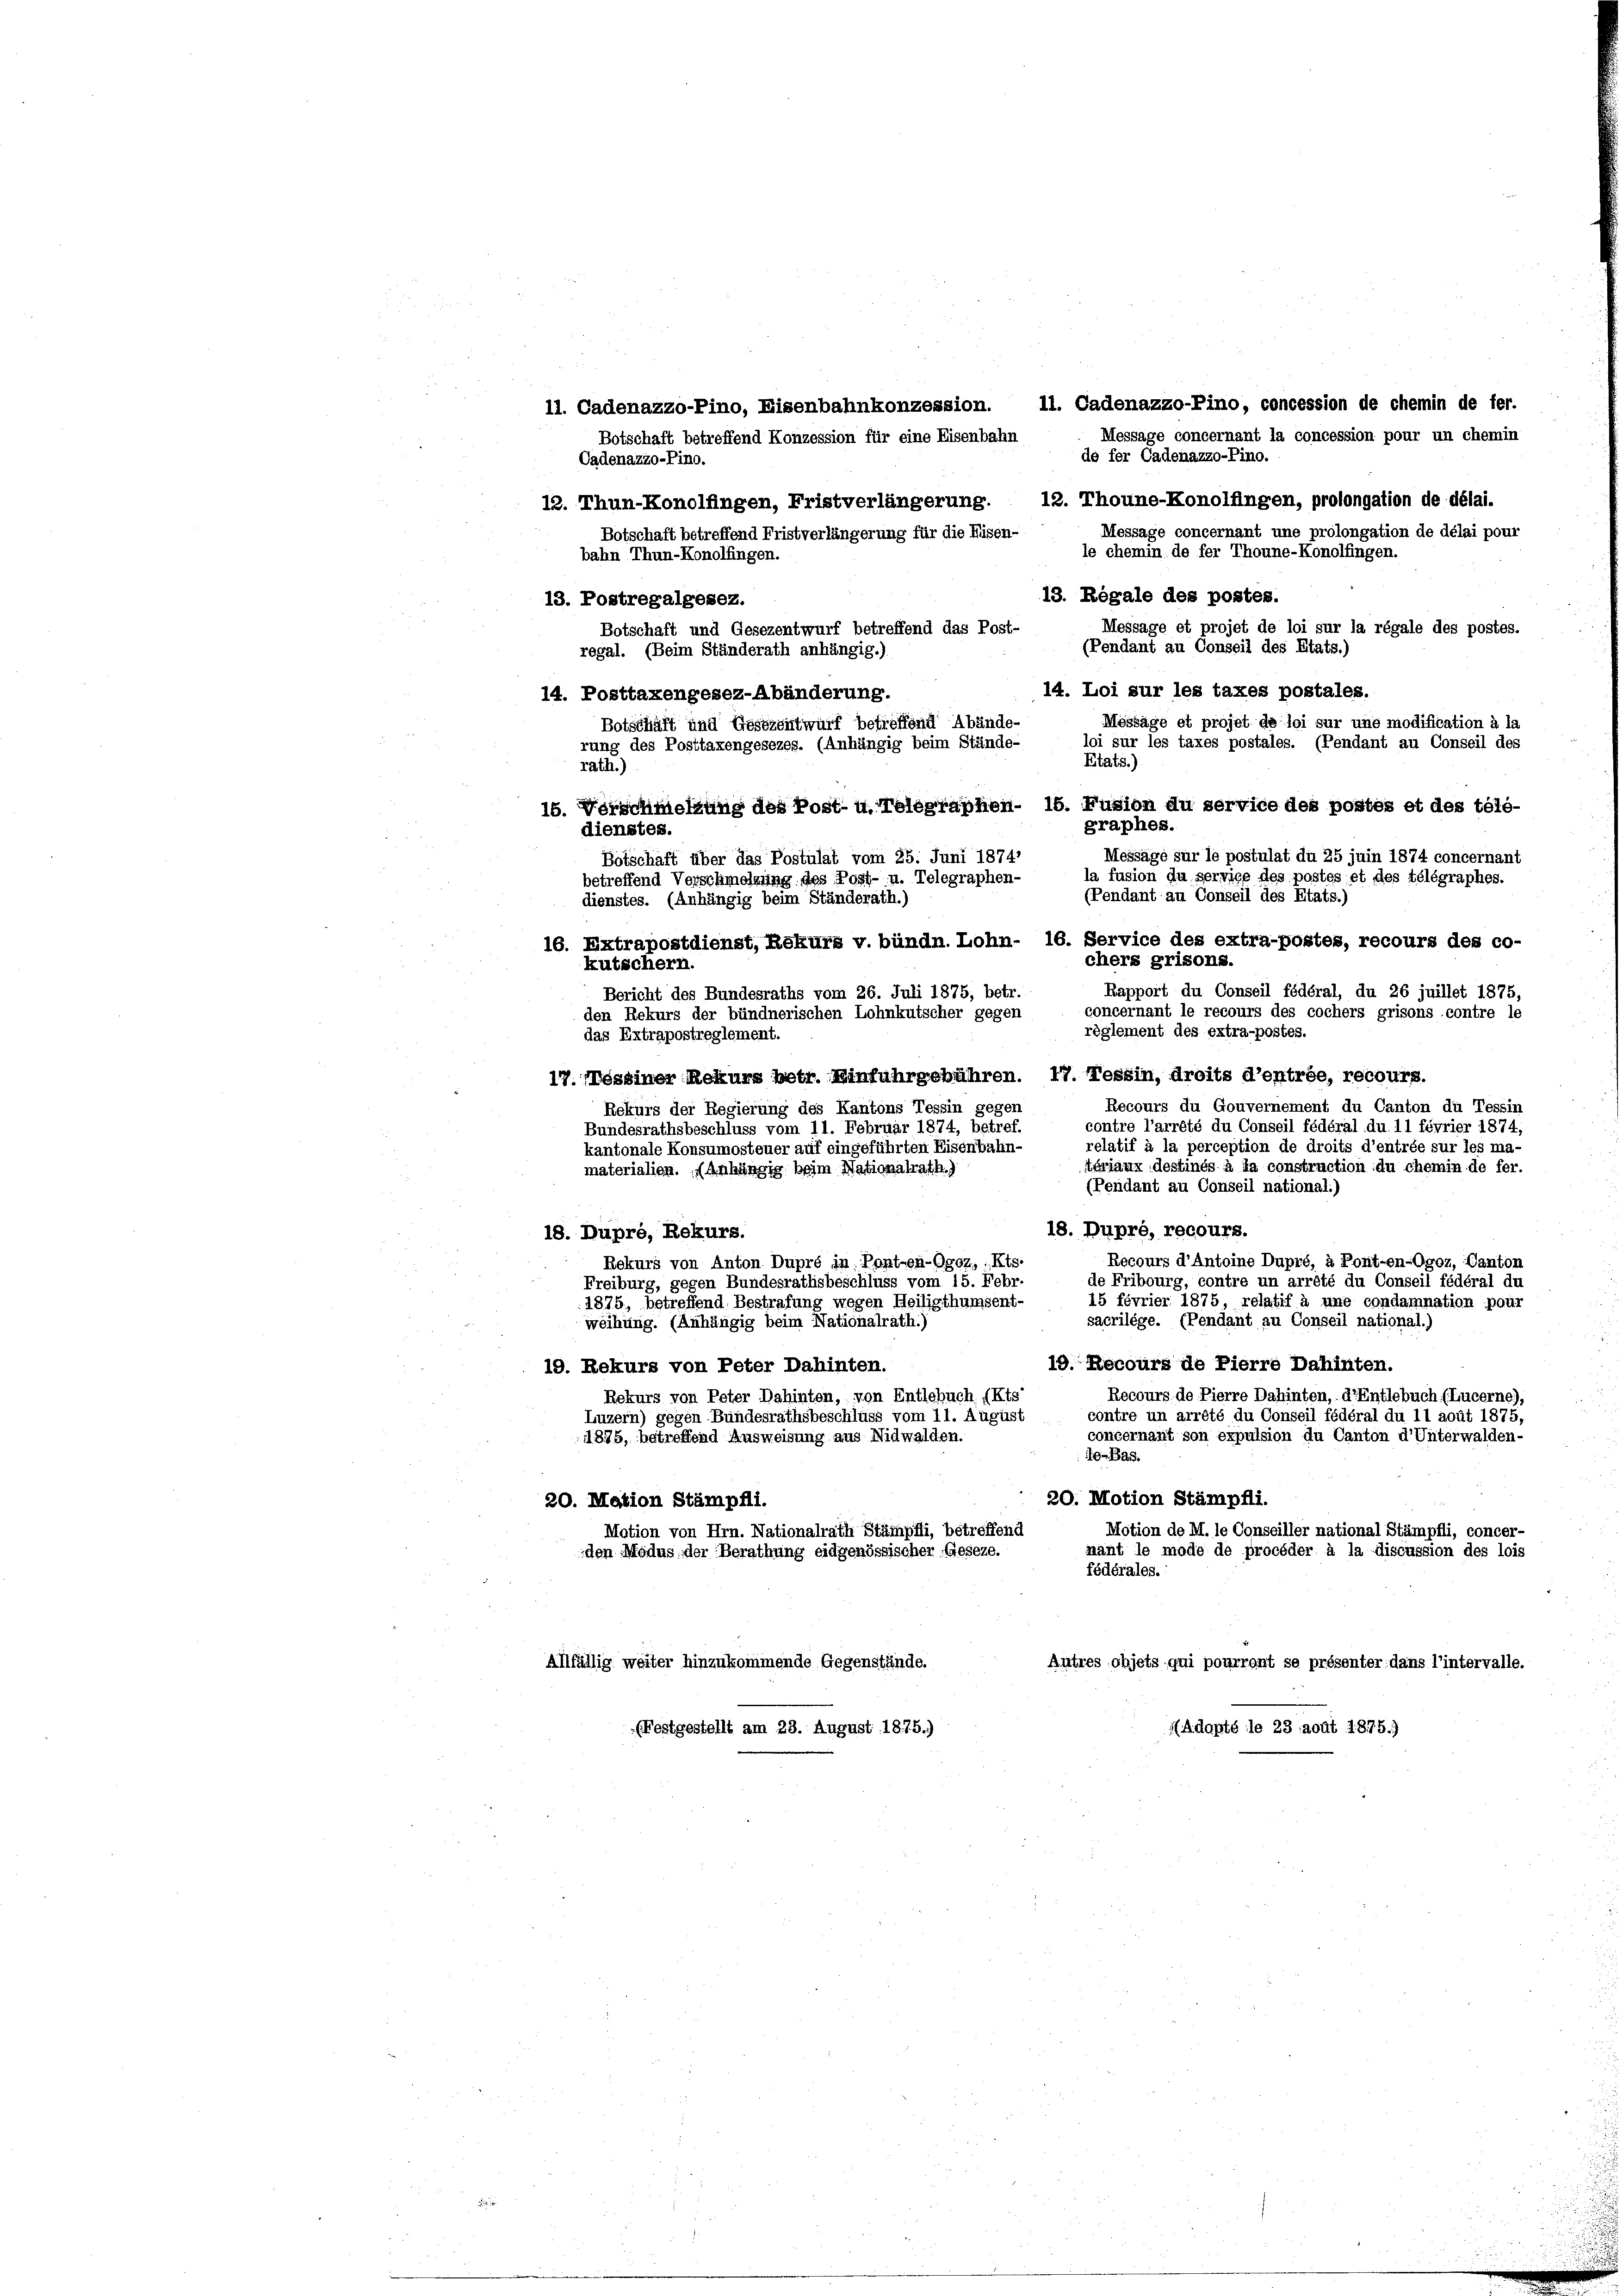
11. Cadenazzo-Pino, Eisenbahnkonzession. 11. Cadenazzo-Pino, concession de chemin de fer-
de fer Cadenazzo-Pino.
12. Thun-Konolfingen, Fristverlängerung. 12. Thoune-Konolfingen, prolongation de délai.
Message concernant une prolongation de délai pour
le chemin de fer Thoune-Konolfingen.
bahn Thun-Konolfingen.
13. Postregalgesez.
Message et projet de loi sur la régale des postes.
Botschaft und Gesezentwurf betreffend das Post-
regal. (Beim Ständerath anhängig.)
14. Loi sur les taxes postales.
14. Posttaxengesez-Abänderung.
Messäge et projet de loi sur und modification à la
Botschäft und Gesezentwurf betreffend Abände-
loi sur les taxes postales. (Pendant au Conseil des
rung des Posttaxengesezes. (Anhängig beim Stände-
Etats.)
rath.)
15. Vorschmelzung des Post- u. Telegraphen- 16. Fusion du service des postes et des tele-
graphes.
dienstes.
Message sur le postulat du 25 juin 1874 concernant
Botschaft über das Postulat vom 25. Juni 1874.
la fusion du servies des postes et des télégraphes.
betreffend Verschmolzung des Post- u. Telegraphen-
(Pendant au Conseil des Etats.)
dienstes. (Anhängig beim Ständerath.)
16. Extrapostdienst, Rekurs v. bündn. Lohn- 16. Service des extra-postes, recours des co-
chers grisons.
kutschern.
Rapport du Conseil fédéral, du 26 juillet 1875,
Bericht des Bundesraths vom 26. Juli 1875, betr.
concernant le recours des cochers grisons contre le
den Rekurs der bündnerischen Lohnkutscher gegen
règlement des extra-postes.
das Extrapostreglement.
17. Nessiner Rekurs betr. Einfuhrgebühren. 17. Tessin, droits d’entrée, recours.
Recours du Gouvernement du Canton du Tessin
Rekurs der Regierung des Kantons Tessin gegen
contre l’arrêté du Conseil fédéral du. 11 février 1874,
Bundesrathsbeschluss vom 11. Februar 1874, betref.
relatif à la perception de droits d’entrée sur les ma-
kantonale Konsumosteuer auf eingeführten Eisenbahn-
tériaux destinés à la construction du chemin de fer.
materialien. (Anhängig beim Nationalrath.)
(Pendant au Conseil national.)
18. Dupré, recours.
18. Dupré, Rekurs.
Recours d’Antoine Dupré, à Pont-en-Ogoz, Canton
Rekurs von Anton Dupré in Popt-en-Ggoz, Kts-
de Fribourg, contre un arrété du Conseil fédéral du
Freiburg, gegen Bundesrathsbeschluss vom 15. Febr.
15 février 1875, relatif à une condamnation pour
1875, betreffend Bestrafung wegen Meiligthumsent-
sacrilège. (Pendant au Conseil national.)
weihung. (Anhängig beim Nationalrath.)
19. Recours de Pierre Dahinten.
19. Rekurs von Peter Dahinten.
Recours de Pierre Dahinten, d’Entlebuch (Lucerne),
Rekurs von Peter Dahinten, von Entlebuch, (Kts-
contre un arrêté du Conseil fédéral du 11 août 1875,
Luzern) gegen Bundesrathsbeschluss vom 11. August
concernant son expulsion du Canton d’Unterwalden-
1875, betreffend Ausweisung aus Nidwalden.
Ae-Bas.
20. Motion Stämpfli.
20. Mation Stämpfli.
Motion de M. le Conseiller national Stämpfli, concer-
Motion von Hrn. Nationalrath Stämpfli, betreffend
nant le mode de procéder à la discussion des lois
den Modus, der Berathung eidgenössischer Geseze.
fédérales.
Autres objets qui pourront se présenter dans l’intervalle.
Allfällig weiter hinzukommende Gegenstände.
(festgestellt am 23. August 18. 75.)
(Adopté le 23 août 1875.)

Botschaft betreffend Konzession für eine Eisenbahn
Cadenazzo-Pino.

Botschaft betreffend Fristverlängerung für die Eisen-

13. Regale des postes.

(Pendant au Conseil des Etats.)

Message concernant la concession pour un chemin